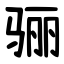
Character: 骊